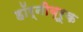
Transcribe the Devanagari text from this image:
हॉर्नीब्रूक